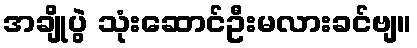
အချိုပွဲ သုံးဆောင်ဦးမလားခင်ဗျ။